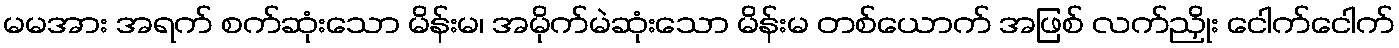
မမအား အရက် စက်ဆုံးသော မိန်းမ၊ အမိုက်မဲဆုံးသော မိန်းမ တစ်ယောက် အဖြစ် လက်ညှိုး ငေါက်ငေါက်